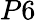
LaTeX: P6